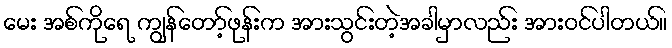
မေး အစ်ကိုရေ ကျွန်တော့်ဖုန်းက အားသွင်းတဲ့အခါမှာလည်း အားဝင်ပါတယ်။